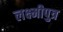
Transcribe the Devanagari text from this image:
लक्ष्मीपुत्र